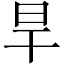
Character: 旱